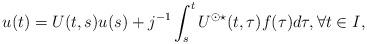
LaTeX: \begin{align*} u(t) = U(t,s)u(s) + j^{-1} \int_s^t U^{\odot \star}(t,\tau)f(\tau) d\tau, \forall t \in I,\end{align*}